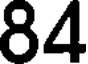
84